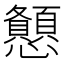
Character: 𢥨